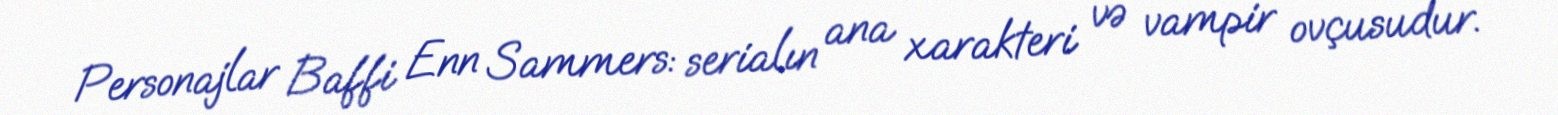
Personajlar Baffi Enn Sammers: serialın ana xarakteri və vampir ovçusudur.